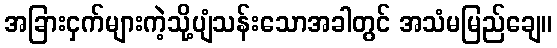
အခြားငှက်များကဲ့သို့ပျံသန်းသောအခါတွင် အသံမမြည်ချေ။